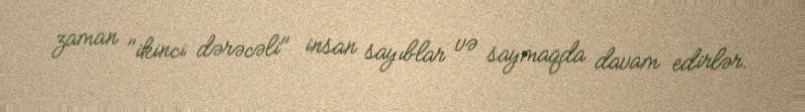
zaman "ikinci dərəcəli" insan sayıblar və saymaqda davam edirlər.